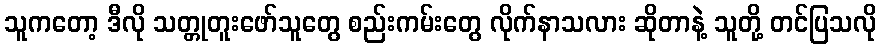
သူကတော့ ဒီလို သတ္တုတူးဖော်သူတွေ စည်းကမ်းတွေ လိုက်နာသလား ဆိုတာနဲ့ သူတို့ တင်ပြသလို